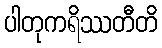
ပါတုကရိဿတီတိ